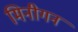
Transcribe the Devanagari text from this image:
मिनीगन